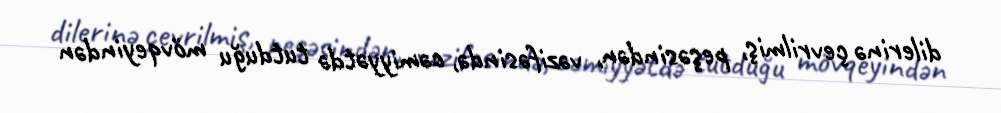
dilerinə çevrilmiş, peşəsindən, vəzifəsində, cəmiyyətdə tutduğu mövqeyindən